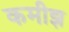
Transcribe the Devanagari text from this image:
कमीझ